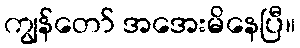
ကျွန်တော် အအေးမိနေပြီ။